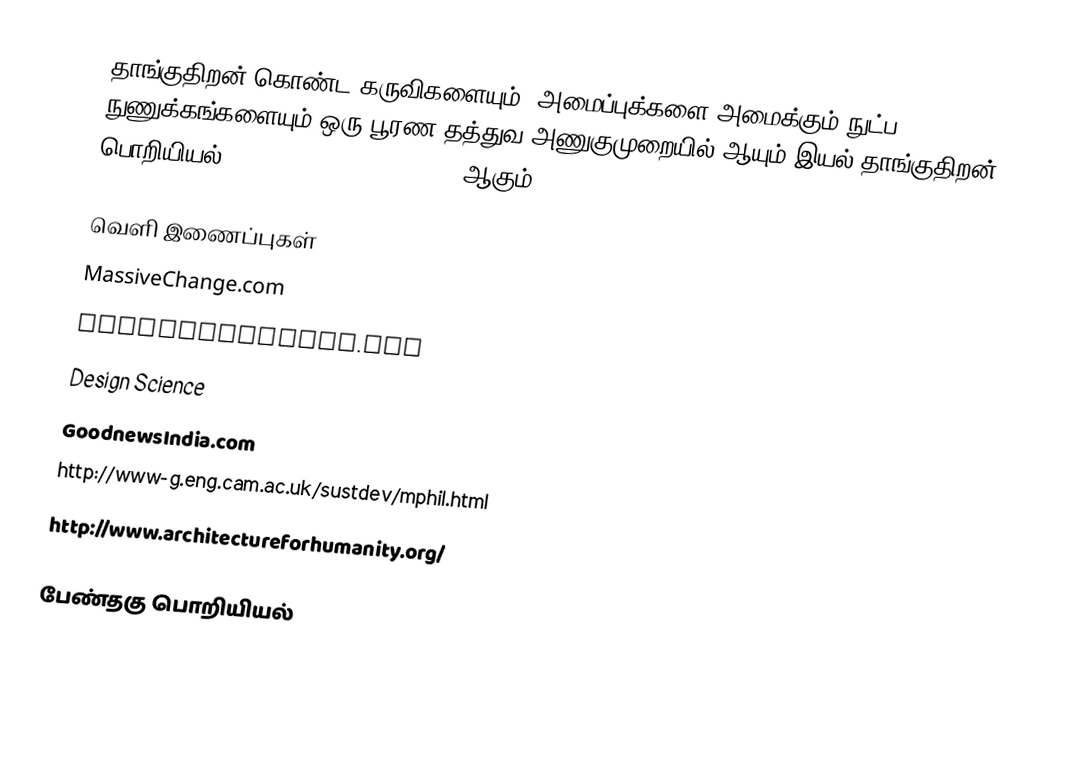
தாங்குதிறன் கொண்ட கருவிகளையும், அமைப்புக்களை அமைக்கும் நுட்ப நுணுக்கங்களையும் ஒரு பூரண தத்துவ அணுகுமுறையில் ஆயும் இயல் தாங்குதிறன் பொறியியல் (Sustainable Engineering) ஆகும்.

வெளி இணைப்புகள்
 MassiveChange.com
 WorldChainging.com
 Design Science
 GoodnewsIndia.com
 http://www-g.eng.cam.ac.uk/sustdev/mphil.html
 http://www.architectureforhumanity.org/

பேண்தகு பொறியியல்